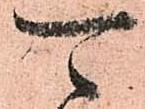
可